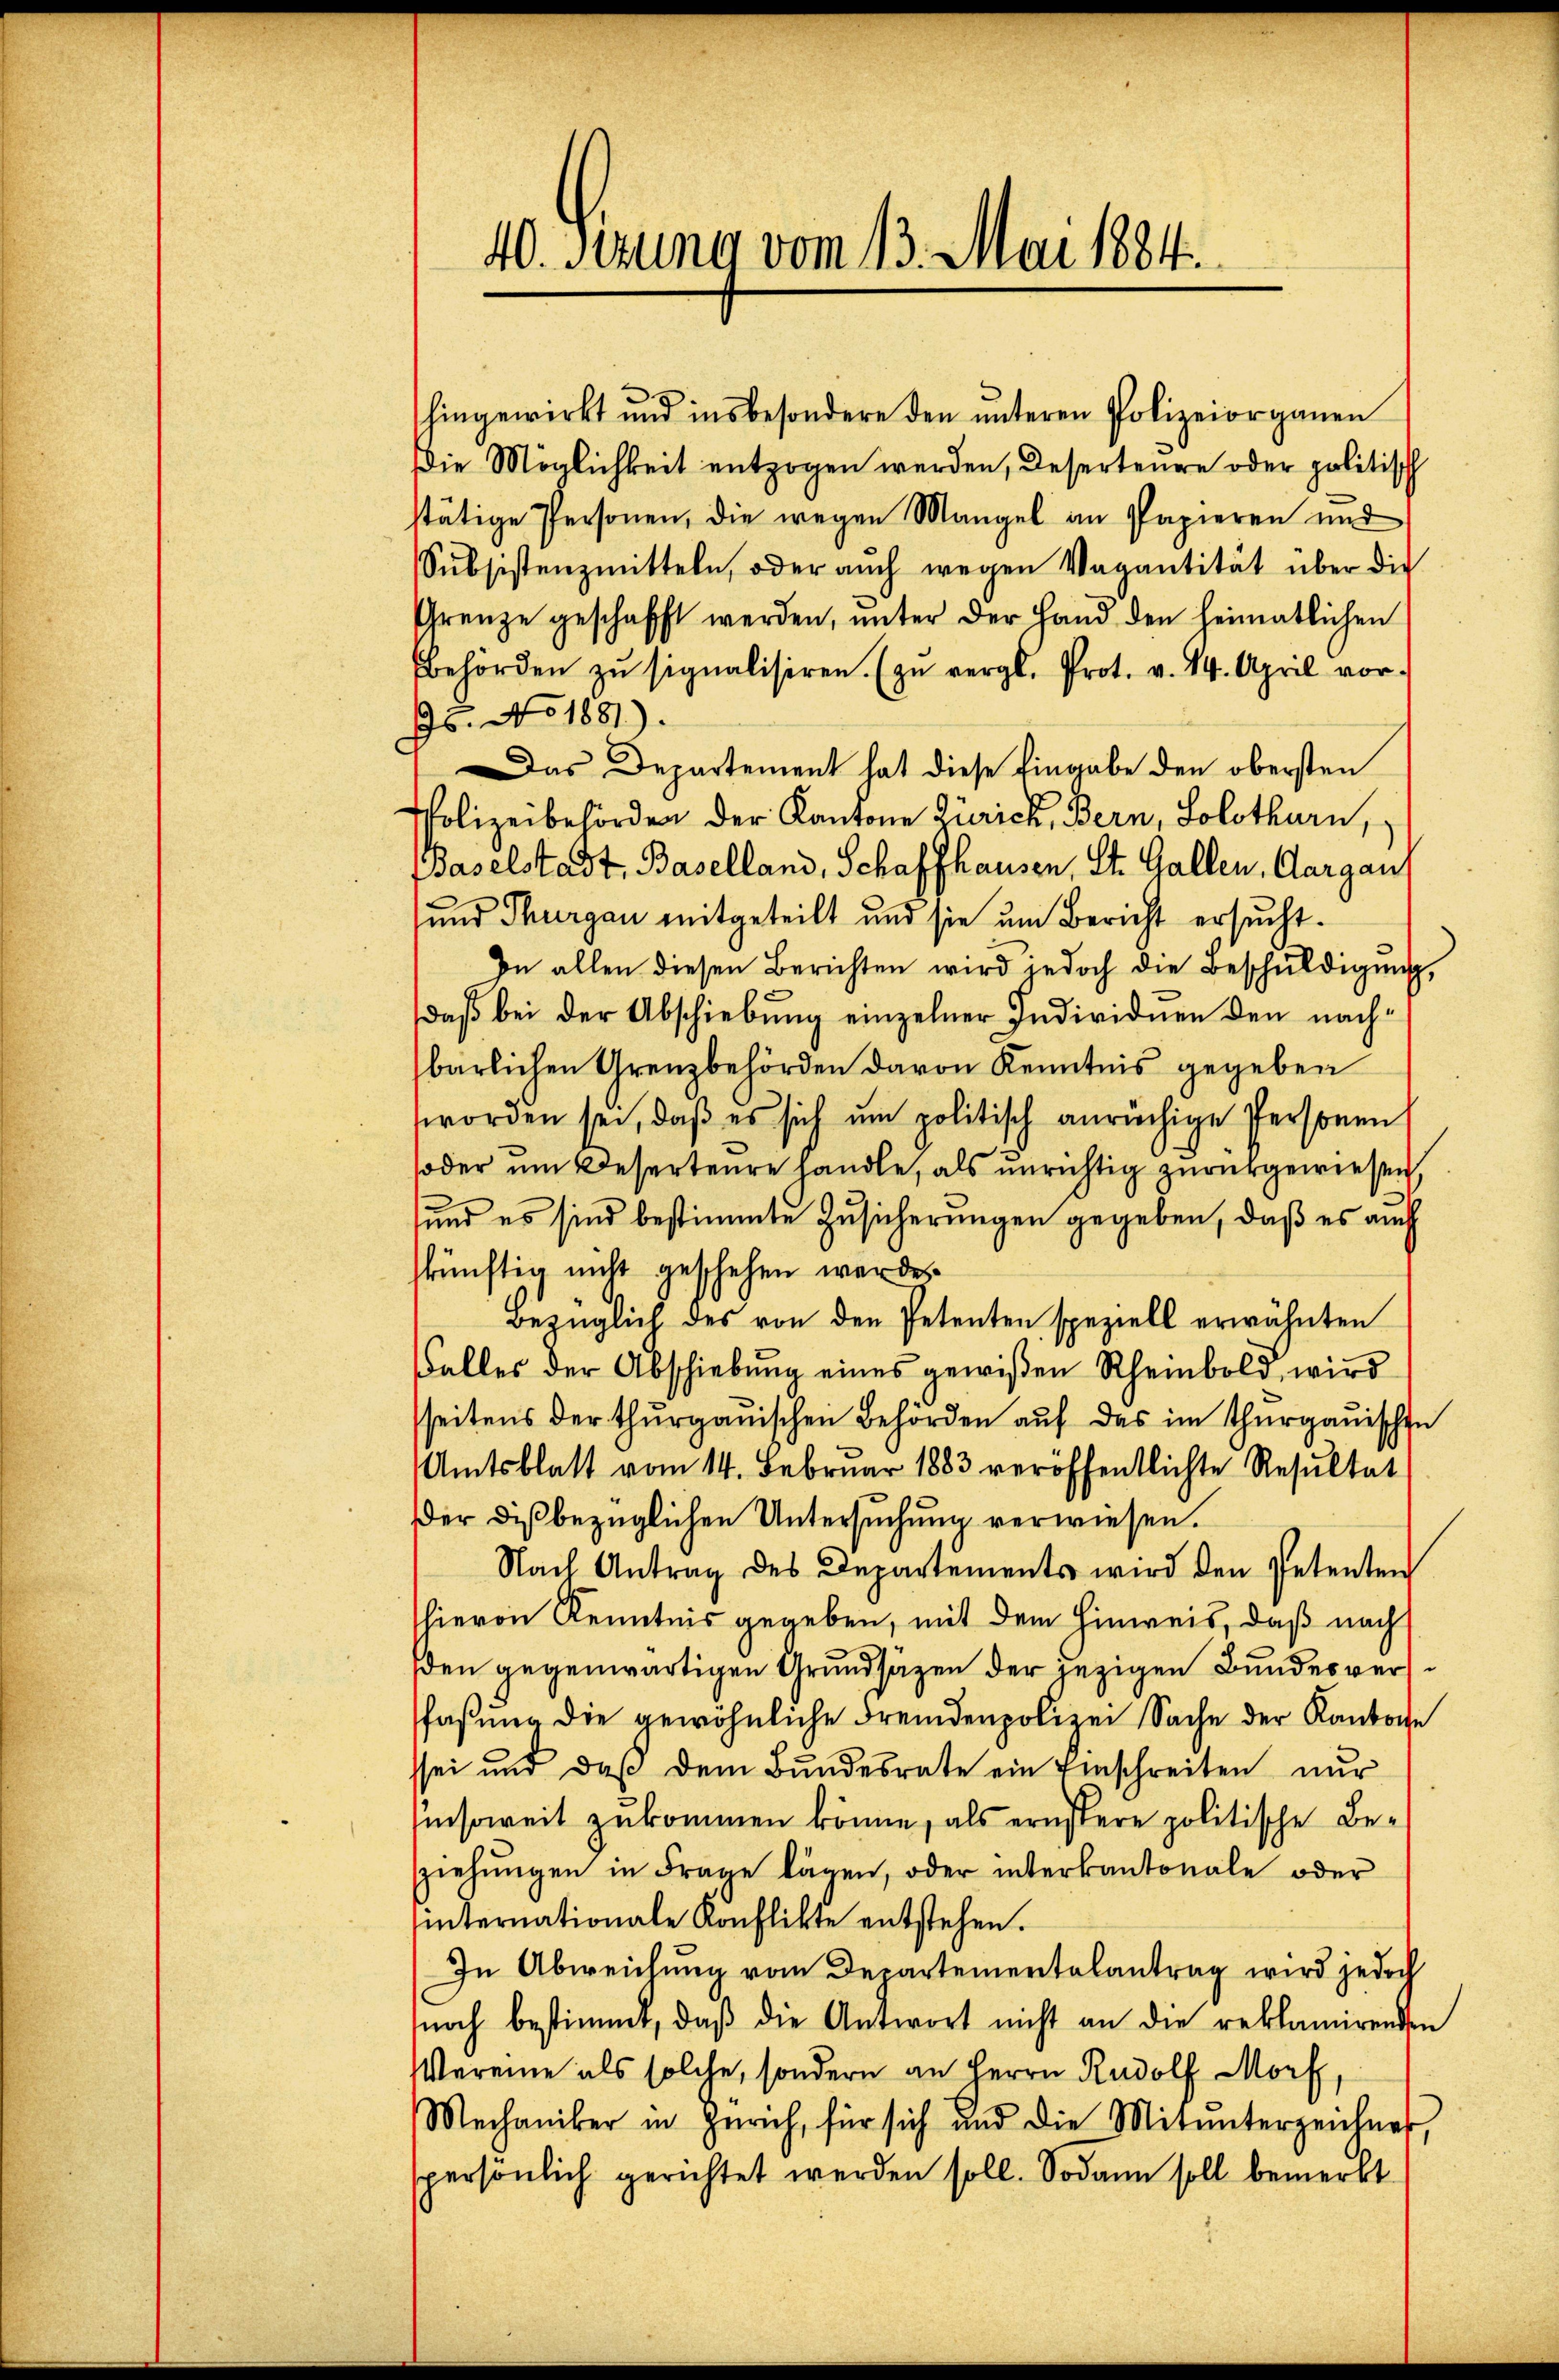
10. Ferung vom 13. Mai 1884.

hingewirkt und insbesondere den ŭnteren Polizeiorganen
Die Möglichkeit entzogen werden, Desertenge oder politisch
stätige Personen, die wegen Mangel an Papieren und
Subsistenzmitteln, oder auch wegen Vagantität über die
Grenze geschafft werden, unter der Hand den heimatlichen
Behörden zŭ signalisiren. (zu vergl. Prot. v. 14. April vor-
s. No. 1881).
Das Departement hat diese Eingabe den obersten
Polizeibehörden der Kantone Zürich, Bern, Solothurn,
Baselstadt, Baselland, Schaffhausen, St. Gallen, Aargaus
und Thurgau mitgeteilt und sie um Bericht ersucht.
In allen diesen Berichten wird jedoch die Beschŭldigung,
daß bei der Abschiebung einzelner Individuen den nachbärlichen Urenzbehörden davon Kenntnis gegeben
worden sei, daß es sich um politisch anrüchige Personen
soder um Deserteure handle, als unrichtig zurückgewiesen,
und es sind bestimmte Zusicherungen gegeben, daß es auch
skünftig nicht geschehen werde
bezüglich des von den Petenten speziell erwähnten
alles der Abschiebŭng eines gewißen Rheinbold wird
seitens der thurgauischen Behörden aŭf das im Thurgauischen
Amtsblatt vom 14. Februar 1883 veröffentlichte Resultat
der dis bezüglichen Untersuchung verwiesen.
Nach Antrag des Departements wird den Petenten
hievon Kenntnis gegeben, mit dem Hinweis, daß nach
den gegenwärtigen Grundsätzen der jezigen Bundesversfaßung die gewöhnliche Fremdenpolizei Sache der Kantone
sei und daß dem Bundesrate ein Einschreiten nur
insoweit zukommen könne, als ernstere politische Besziehŭngen in Frage lägen, oder interkantonale oder
sinternationale Konflikte entstehen.
In Abweichung vom Departementalantrag wird jedoch
noch bestimmt, daß die Antwort nicht an die reklamirenden
Vereine als solche, sondern an Herrn Rudolf Morf,
Mechaniker in Zürich, für sich und die Mitunterzeichner,
spersönlich gerichtet werden soll. Sodann soll bemerkt